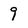
Character: 9